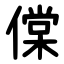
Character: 㒉